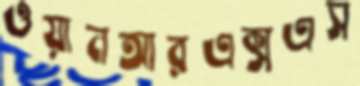
ওয়ানআরএক্সএস